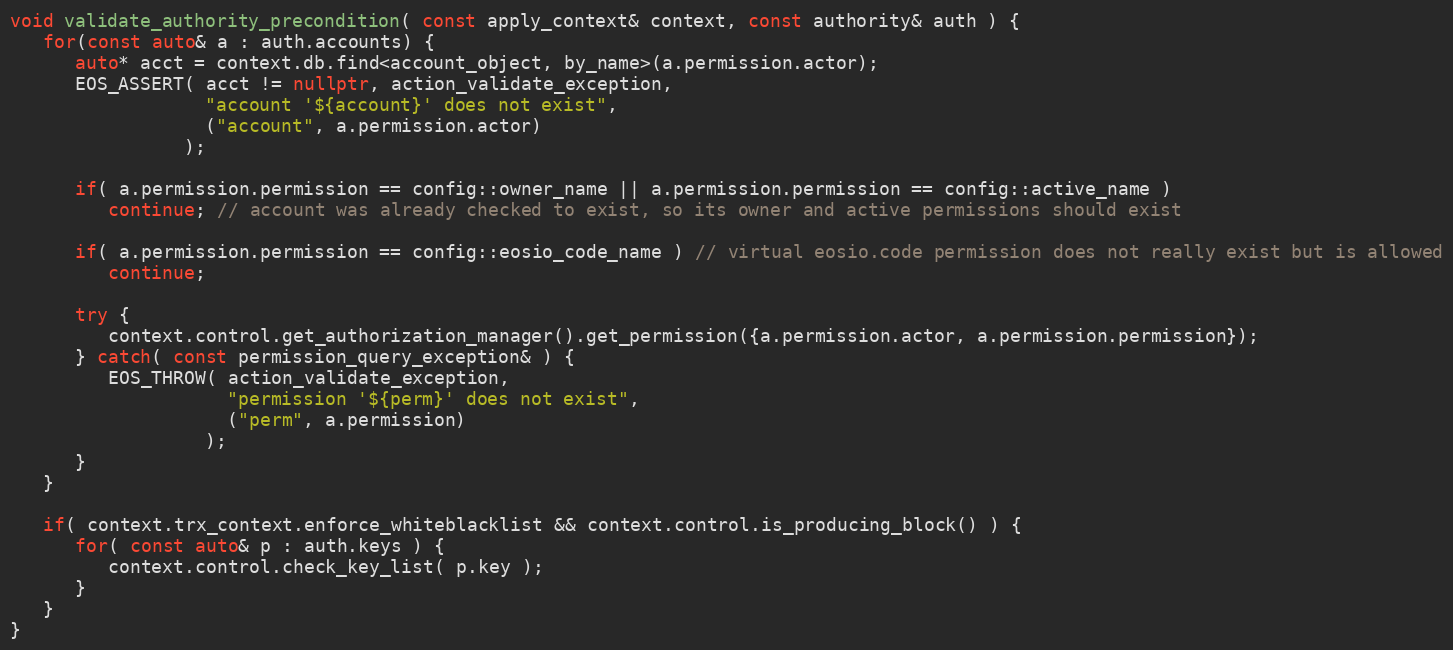
Language: C++
void validate_authority_precondition( const apply_context& context, const authority& auth ) {
   for(const auto& a : auth.accounts) {
      auto* acct = context.db.find<account_object, by_name>(a.permission.actor);
      EOS_ASSERT( acct != nullptr, action_validate_exception,
                  "account '${account}' does not exist",
                  ("account", a.permission.actor)
                );

      if( a.permission.permission == config::owner_name || a.permission.permission == config::active_name )
         continue; // account was already checked to exist, so its owner and active permissions should exist

      if( a.permission.permission == config::eosio_code_name ) // virtual eosio.code permission does not really exist but is allowed
         continue;

      try {
         context.control.get_authorization_manager().get_permission({a.permission.actor, a.permission.permission});
      } catch( const permission_query_exception& ) {
         EOS_THROW( action_validate_exception,
                    "permission '${perm}' does not exist",
                    ("perm", a.permission)
                  );
      }
   }

   if( context.trx_context.enforce_whiteblacklist && context.control.is_producing_block() ) {
      for( const auto& p : auth.keys ) {
         context.control.check_key_list( p.key );
      }
   }
}